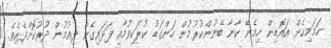
ހަމަމިހެން އައޮޑިން ހިމެނޭ ކާނާ ބޭނުންކުރުމުން ހަންގަޑު ކުރަކިވުމާއި ފަޅައިގެން ދިއުމުން ދުރުކޮށްދެއެވެ.